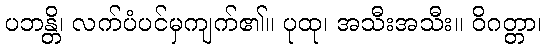
ပဘန္တိ၊ လက်ပံပင်မှကျက်၏။ ပုထု၊ အသီးအသီး။ ဝိဂတ္တာ၊